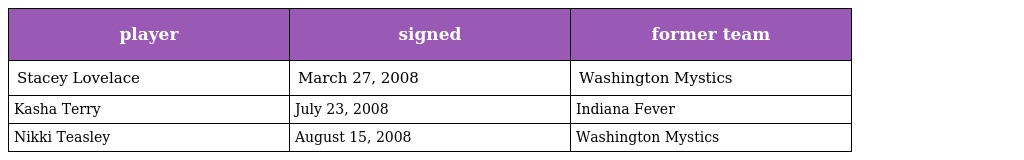
| player | signed | former team |
 | --- | --- | --- |
 | Stacey Lovelace | March 27, 2008 | Washington Mystics |
 | Kasha Terry | July 23, 2008 | Indiana Fever |
 | Nikki Teasley | August 15, 2008 | Washington Mystics |